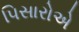
પિસારોએ